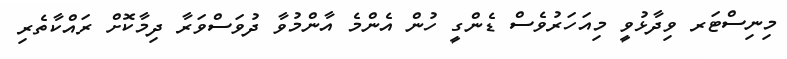
މިނިސްޓަރ ވިދާޅުވީ މިއަހަރުވެސް ޑެންގީ ހުން އެންމެ އާންމުވާ ދުވަސްވަރާ ދިމާކޮށް ރައްކާތެރި